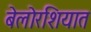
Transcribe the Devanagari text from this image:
बेलोरशियात